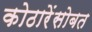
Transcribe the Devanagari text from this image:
कोठारेंसोबत